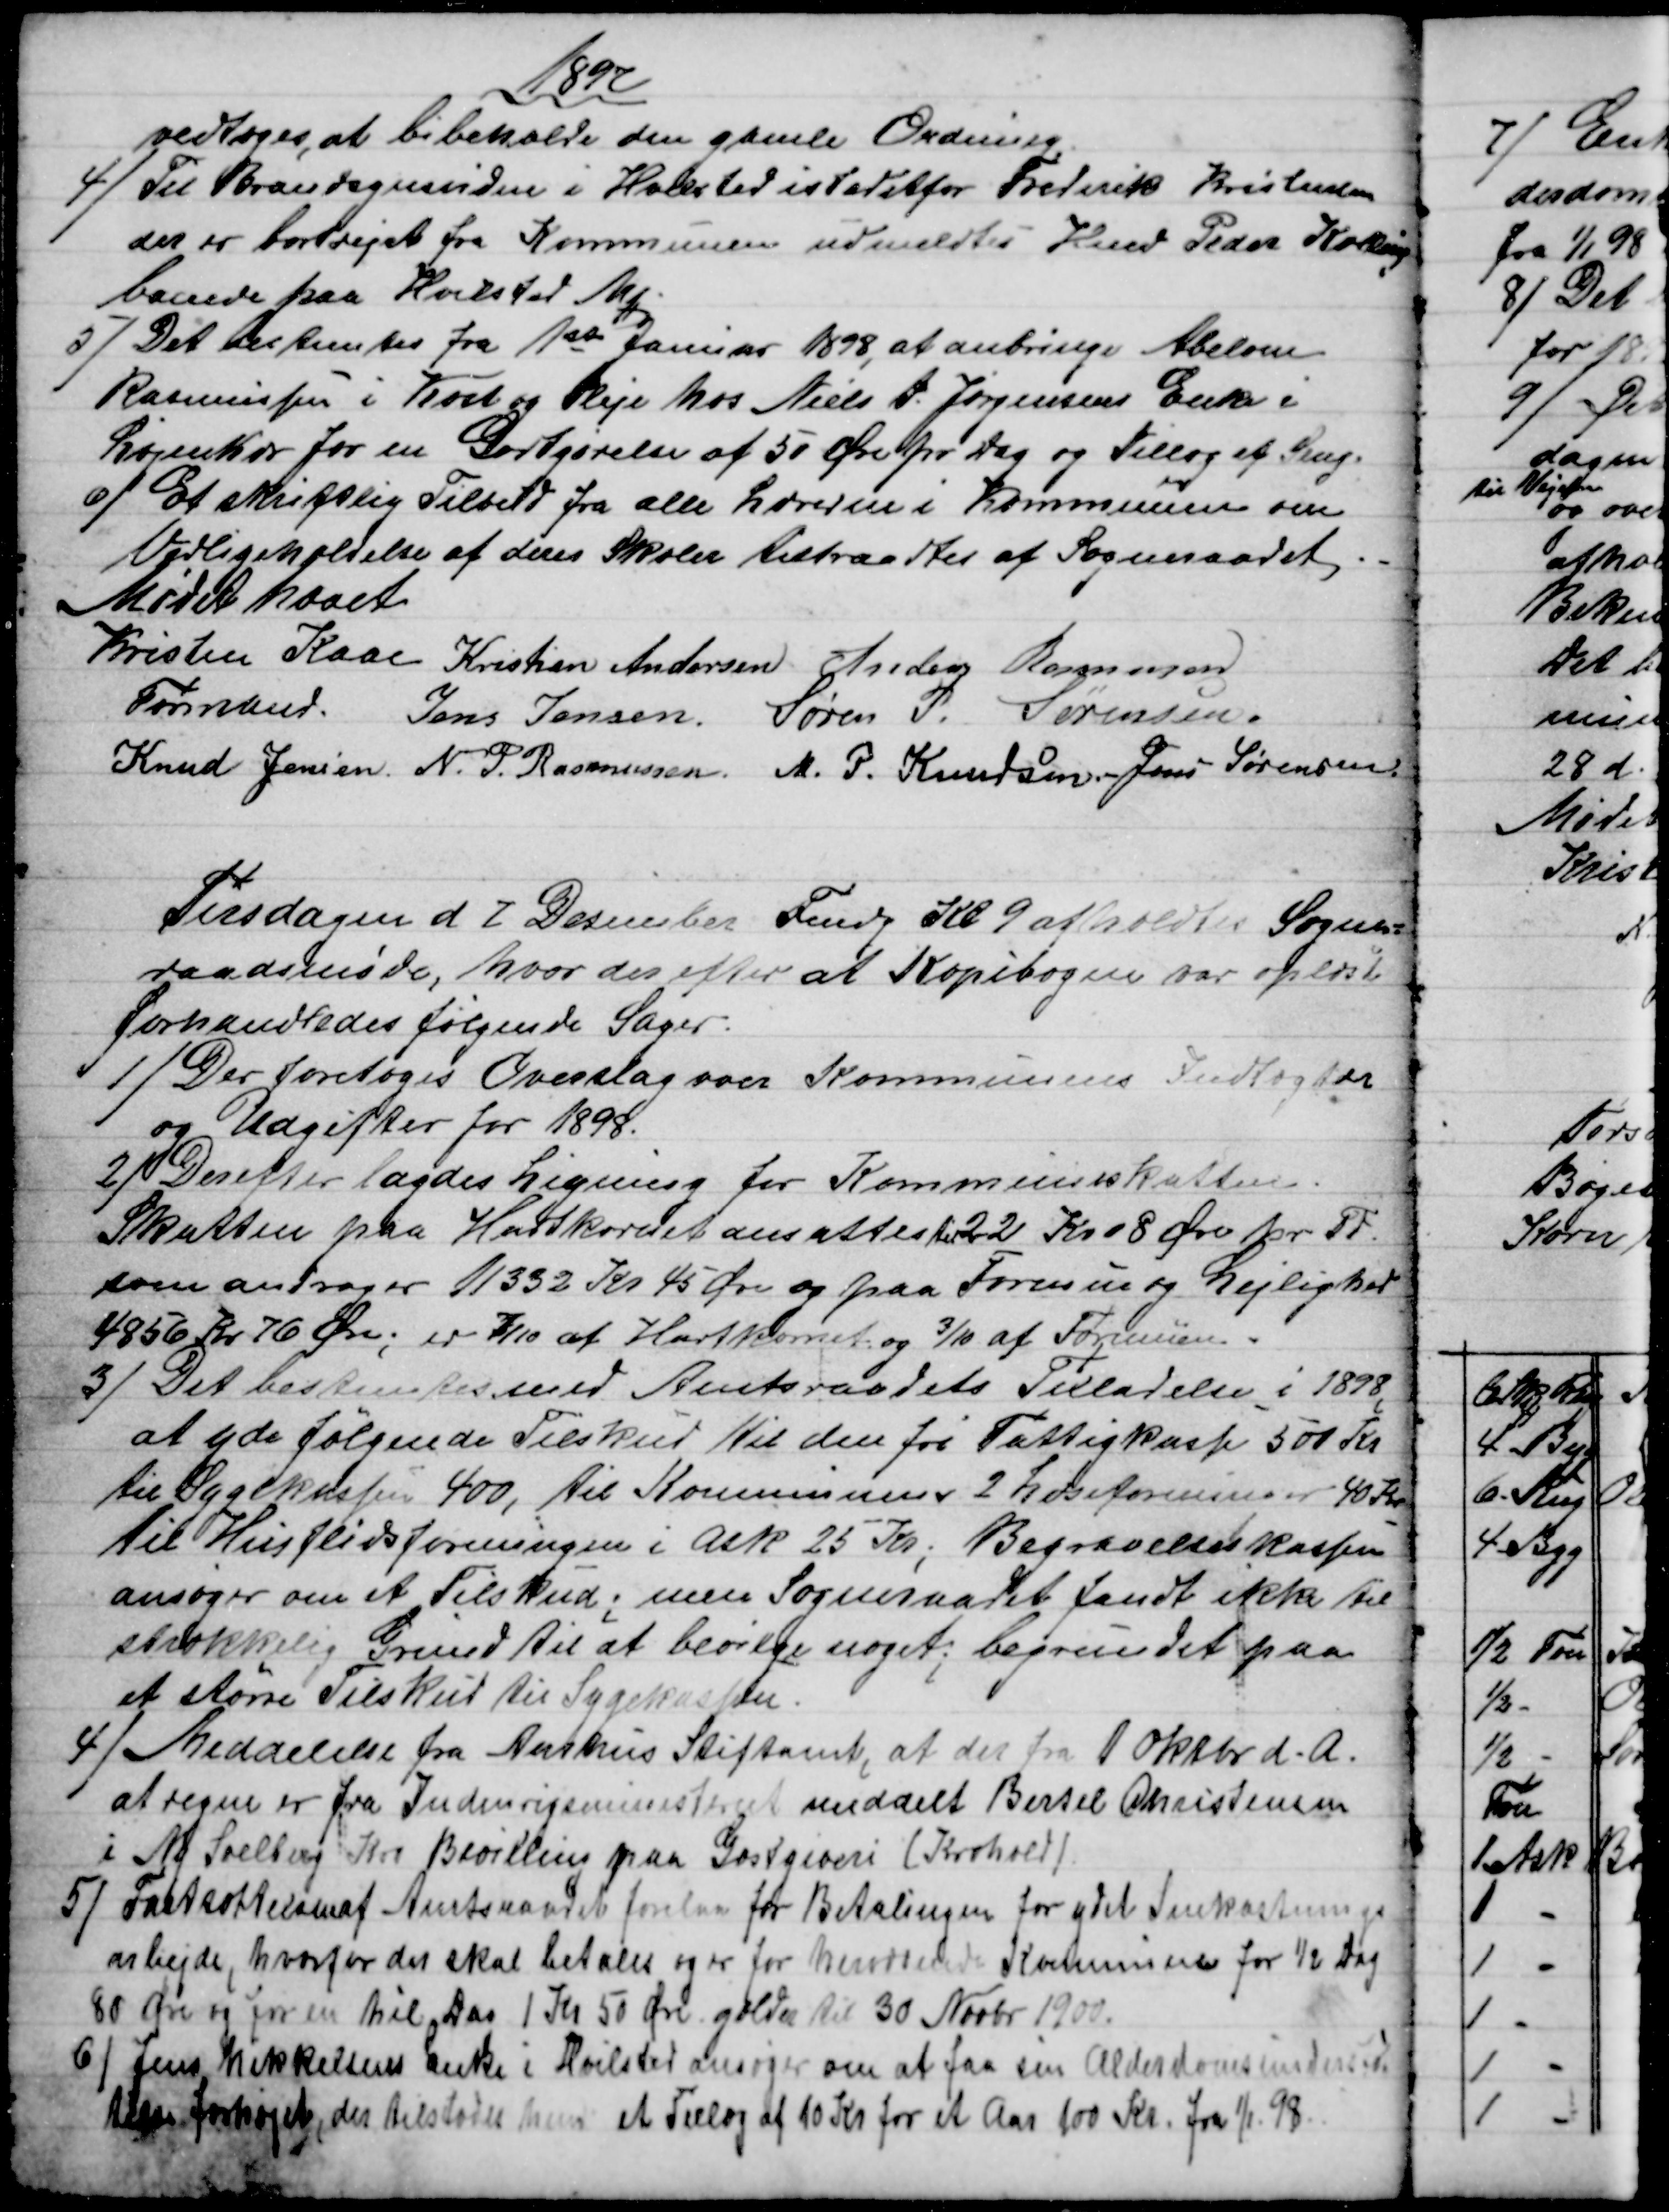
Transskription:
1897
vedtoges at bibeholde den gamle Ordning.
4)
Til Brandsynsvidne i Hvilsted istedetfor Frederik Kristensen
der er bortrejst fra Kommunen udmeldtes Hmd Peder Kolling
boende paa Hvilsted Mk
5) 
Det bestemtes fra 1ste Januar 1898, at anbringe Abelone
Rasmussen i Kost og Pleje hos Niels P. Jørgensens Enke i
Løjenkær for en Godtgørelse af 50 Øre pr Dag og Tillæg af Seng.
6)
Et skriftlig Tilbud fra alle Lærerne i Kommunen om
Vedligeholdelse af deres Skoler tiltraadtes af Sogneraadet.
Mødet hævet
Kristen Kaae 
Formand 
Kristian Andersen Anders Rasmussen
Jens Jensen Søren P. Sørensen
Knud Jensen. N. P. Rasmussen M. P. Knudsen Jens Sørensen.
Tirsdagen d. 2 December Fmdg Kl. 9 afholdtes Sogne=
raadsmøde, hvor der efter at Kopibogen var oplæst
forhandledes følgende Sager
1) 
Der foretoges Overslag over Kommunens Indtægter
og Udgifter for 1898.
2) 
Derefter lagdes Ligning for Kommuneskatten.
Skatten paa Hartkornet ansattes til 22 Kr 08 Øre pr. PT.
som andrager 11332 Kr 45 Øre og paa Formue og Lejlighed
4856 Kr 76 Øre; er 7/10 af Hartkornet og 3/10 af Formuen.
3) 
Det bestemtes med Amtsraadets Tilladelse i 1898
at yde følgende Tilskud til den for Fattigkasse 500 Kr
til Sygekassen 400, til Kommunens 2 Læseforeninger 40 Kr.
til Husflidsforeningen i Ask 25 Kr; Begravelseskassen
ansøger om et Tilskud; men Sogneraadet fandt ikke til
strækkelig Grund til at bevilge noget; begrundet paa
at større Tilskud til Sygekassen.
4) 
Meddelelse fra Aarhus Stiftamt, at der fra 1 Oktbr d. A.
at regne er fra Indenrigsministeriet meddelt Bertel Christensen
i Ny Soelberg Kro Bevilling paa Gæstgiveri (Krohold)
5) 
Fastsættelsen af Amtsraadet forelaa for Betalingen for ydet Snekastnings
arbejde, hvorfor der skal betales og er for herværende Kommune for ½ Dag
80 Øre og for en hél Dag 1 Kr 50 Øre gælder til 30 Novbr 1900.
6) 
Jens Mikkelsens Enke i Hvilsted ansøger om at faa sin Alderdomsunderstøt
telse forhøjet, der tilstodes hende et Tillæg af 10 Kr for et Aar 100 Kr. fra 1/1 98.